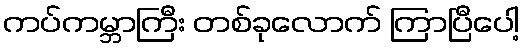
ကပ်ကမ္ဘာကြီး တစ်ခုလောက် ကြာပြီပေါ့